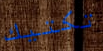
تكتيك